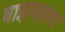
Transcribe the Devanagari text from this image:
बाझबहाद्दर